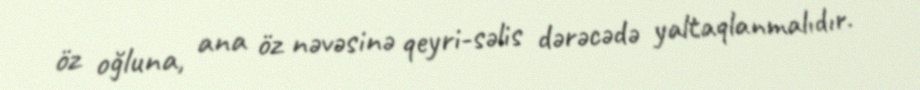
öz oğluna, ana öz nəvəsinə qeyri-səlis dərəcədə yaltaqlanmalıdır.